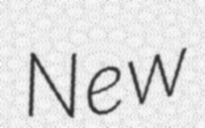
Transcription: New